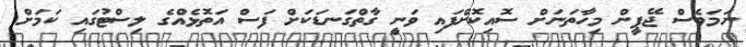
ނަމަވެސް ޖޭޕީން މިހާތަނަށް ސޮއިކޮށްފައި ވަނީ ގާތްގަނޑަކަށް ފަސް އަތޮޅެއްގެ ލިސްޓުގައި ކަމަށް